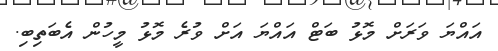
އައްޔަ ވަރަށް މޮޅު ބަޓް އައްޔަ އަށް ވުރެ މޮޅު މީހުން އެބަތިބި.